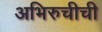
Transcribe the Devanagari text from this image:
अभिरुचीची